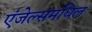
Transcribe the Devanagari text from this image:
एंजेल्समधिल